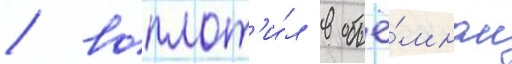
/ воплот'и́л в объё́мном